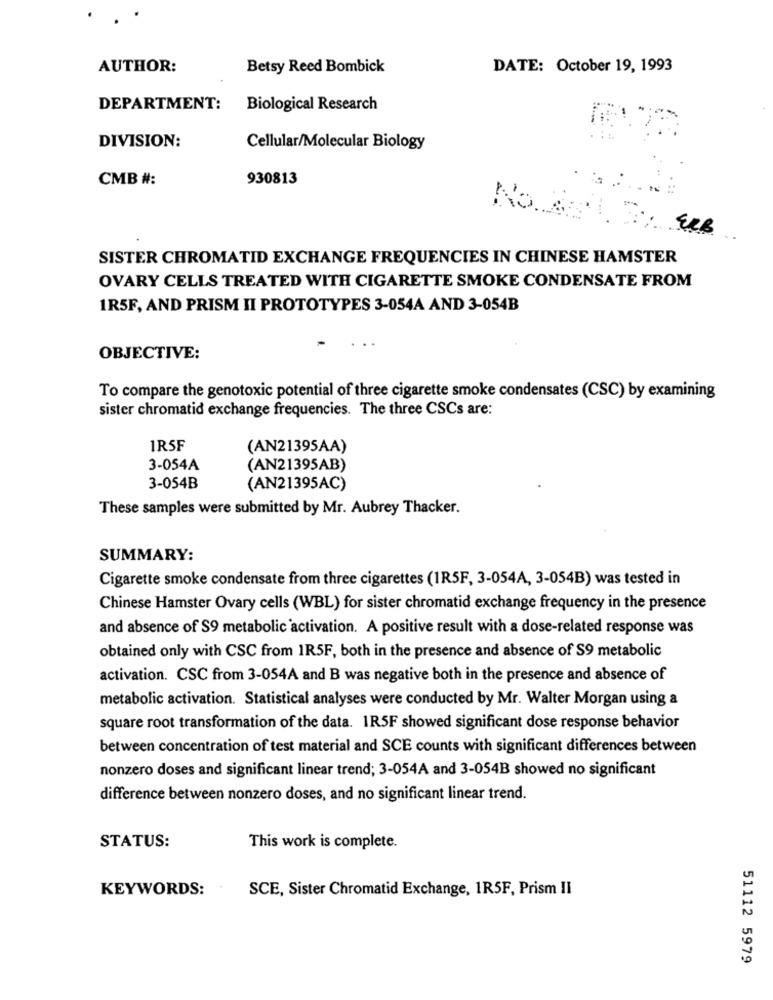
AUTHOR:
Betsy Reed Bombick
DATE: October 19, 1993
DEPARTMENT:
Biological Research
DIVISION:
Cellular/Molecular Biology
CMB #:
930813
No
SISTER CHROMATID EXCHANGE FREQUENCIES IN CHINESE HAMSTER
OVARY CELLS TREATED WITH CIGARETTE SMOKE CONDENSATE FROM
1R5F, AND PRISM II PROTOTYPES 3-054A AND 3-054B
OBJECTIVE:
To compare the genotoxic potential of three cigarette smoke condensates (CSC) by examining
sister chromatid exchange frequencies. The three CSCs are:
1R5F
(AN21395AA)
3-054A
(AN21395AB)
3-054B
(AN21395AC)
These samples were submitted by Mr. Aubrey Thacker.
SUMMARY:
Cigarette smoke condensate from three cigarettes (1R5F, 3-054A, 3-054B) was tested in
Chinese Hamster Ovary cells (WBL) for sister chromatid exchange frequency in the presence
and absence of S9 metabolic activation. A positive result with a dose-related response was
obtained only with CSC from 1R5F, both in the presence and absence of S9 metabolic
activation. CSC from 3-054A and B was negative both in the presence and absence of
metabolic activation. Statistical analyses were conducted by Mr. Walter Morgan using a
square root transformation of the data. 1R5F showed significant dose response behavior
between concentration of test material and SCE counts with significant differences between
nonzero doses and significant linear trend; 3-054A and 3-054B showed no significant
difference between nonzero doses, and no significant linear trend.
STATUS:
This work is complete.
KEYWORDS:
SCE, Sister Chromatid Exchange, 1R5F, Prism II
51112 5979